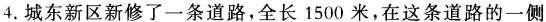
4.城东新区新修了一条道路，全长1500米，在这条道路的一侧